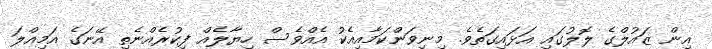
އިން ޒައުލްގެ ލޮލުގައި އަޅައިގަތެވެ. މިނިވަންކަމާއިއެކު އެއްވެސް ހިޔާލެއް ފިކުރެއްނެތި އޭނަގެ އަމިއްލަ